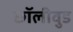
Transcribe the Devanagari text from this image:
छॉलीवुड